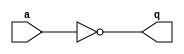
`timescale 1ns / 1ps
//////////////////////////////////////////////////////////////////////////////////
// Company: 
// Engineer: 
// 
// Design Name: 
// Module Name: andgate
// Project Name: 
// Target Devices: 
// Tool Versions: 
// Description: 
// 
// Dependencies: 
// 
// Revision:
// Revision 0.01 - File Created
// Additional Comments:
// 
//////////////////////////////////////////////////////////////////////////////////

module notgate
#(
parameter WIDTH = 8 )(
input [(WIDTH-1):0]a, 
output[(WIDTH-1):0]q
    );
assign q = ~a ;
endmodule